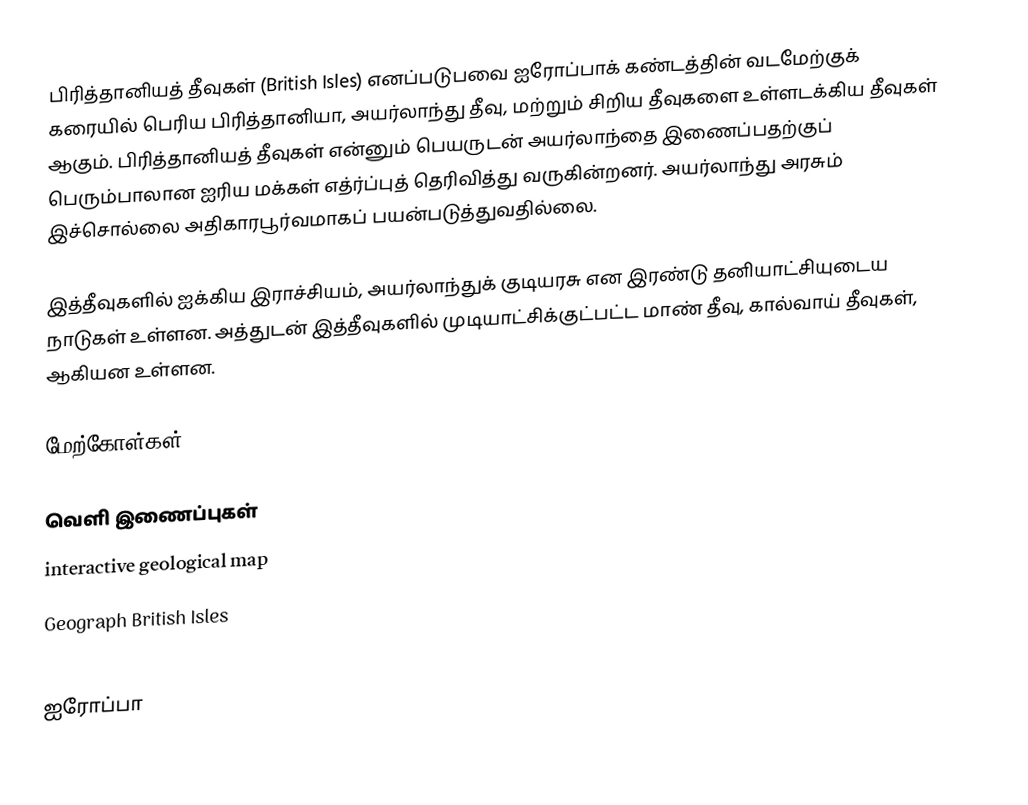
பிரித்தானியத் தீவுகள் (British Isles) எனப்படுபவை ஐரோப்பாக் கண்டத்தின் வடமேற்குக் கரையில் பெரிய பிரித்தானியா, அயர்லாந்து தீவு, மற்றும் சிறிய தீவுகளை உள்ளடக்கிய தீவுகள் ஆகும். பிரித்தானியத் தீவுகள் என்னும் பெயருடன் அயர்லாந்தை இணைப்பதற்குப் பெரும்பாலான ஐரிய மக்கள் எத்ர்ப்புத் தெரிவித்து வருகின்றனர். அயர்லாந்து அரசும் இச்சொல்லை அதிகாரபூர்வமாகப் பயன்படுத்துவதில்லை.

இத்தீவுகளில் ஐக்கிய இராச்சியம், அயர்லாந்துக் குடியரசு என இரண்டு தனியாட்சியுடைய நாடுகள் உள்ளன. அத்துடன் இத்தீவுகளில் முடியாட்சிக்குட்பட்ட மாண் தீவு, கால்வாய் தீவுகள், ஆகியன உள்ளன.

மேற்கோள்கள்

வெளி இணைப்புகள்
 interactive geological map
  Geograph British Isles

ஐரோப்பா